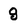
Character: g